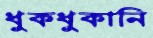
ধুকধুকানি